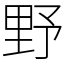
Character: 野